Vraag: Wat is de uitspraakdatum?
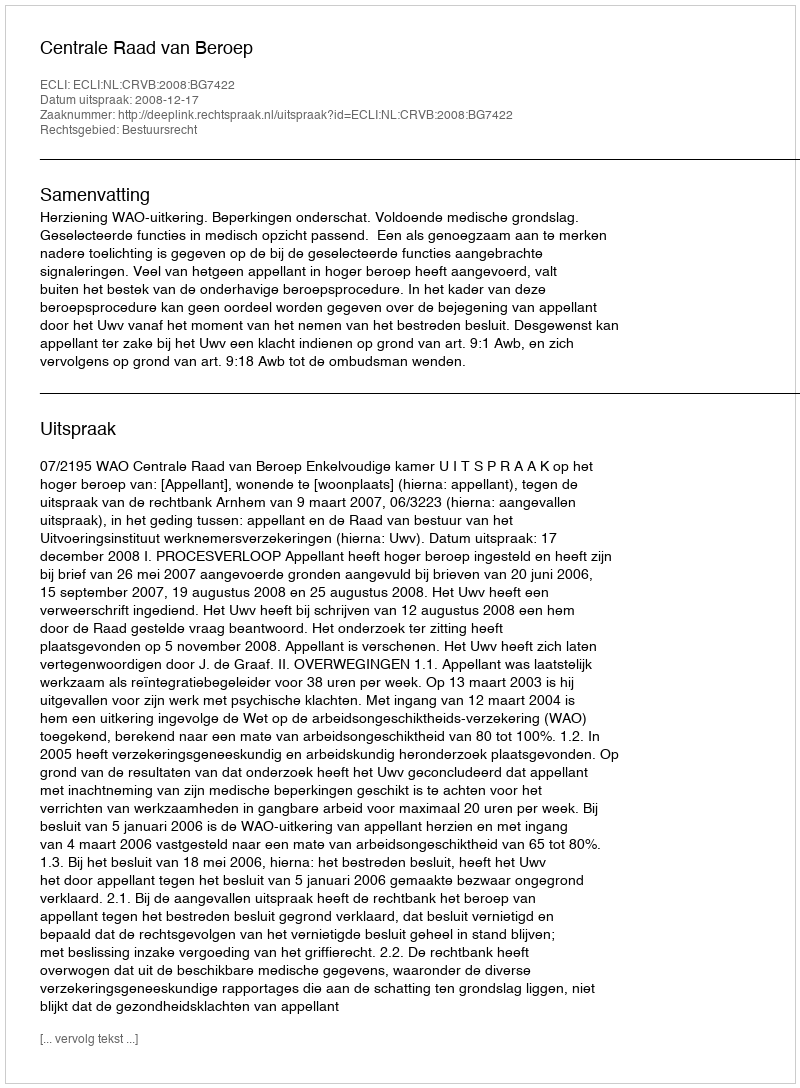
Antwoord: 2008-12-17